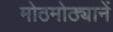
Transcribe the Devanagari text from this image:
मोठमोठ्यानें